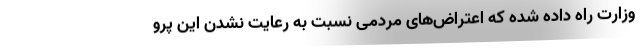
وزارت راه داده شده که اعتراض‌های مردمی نسبت به رعایت نشدن این پرو